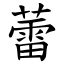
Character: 蕾